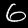
Label: 6